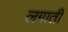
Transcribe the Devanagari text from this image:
लगातीं